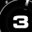
Digit: 3